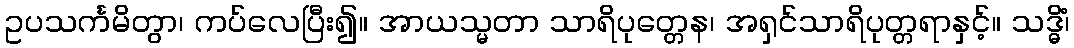
ဥပသင်္ကမိတွာ၊ ကပ်လေပြီး၍။ အာယသ္မတာ သာရိပုတ္တေန၊ အရှင်သာရိပုတ္တရာနှင့်။ သဒ္ဓိံ၊